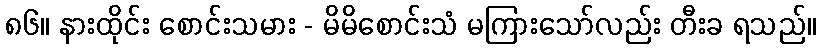
၈၆။ နားထိုင်း စောင်းသမား - မိမိစောင်းသံ မကြားသော်လည်း တီးခ ရသည်။